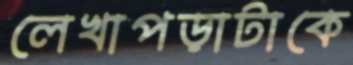
লেখাপড়াটাকে